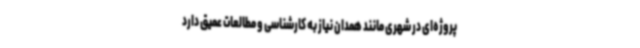
پروژه‌ای در شهری مانند همدان نیاز به کارشناسی و مطالعات عمیق دارد